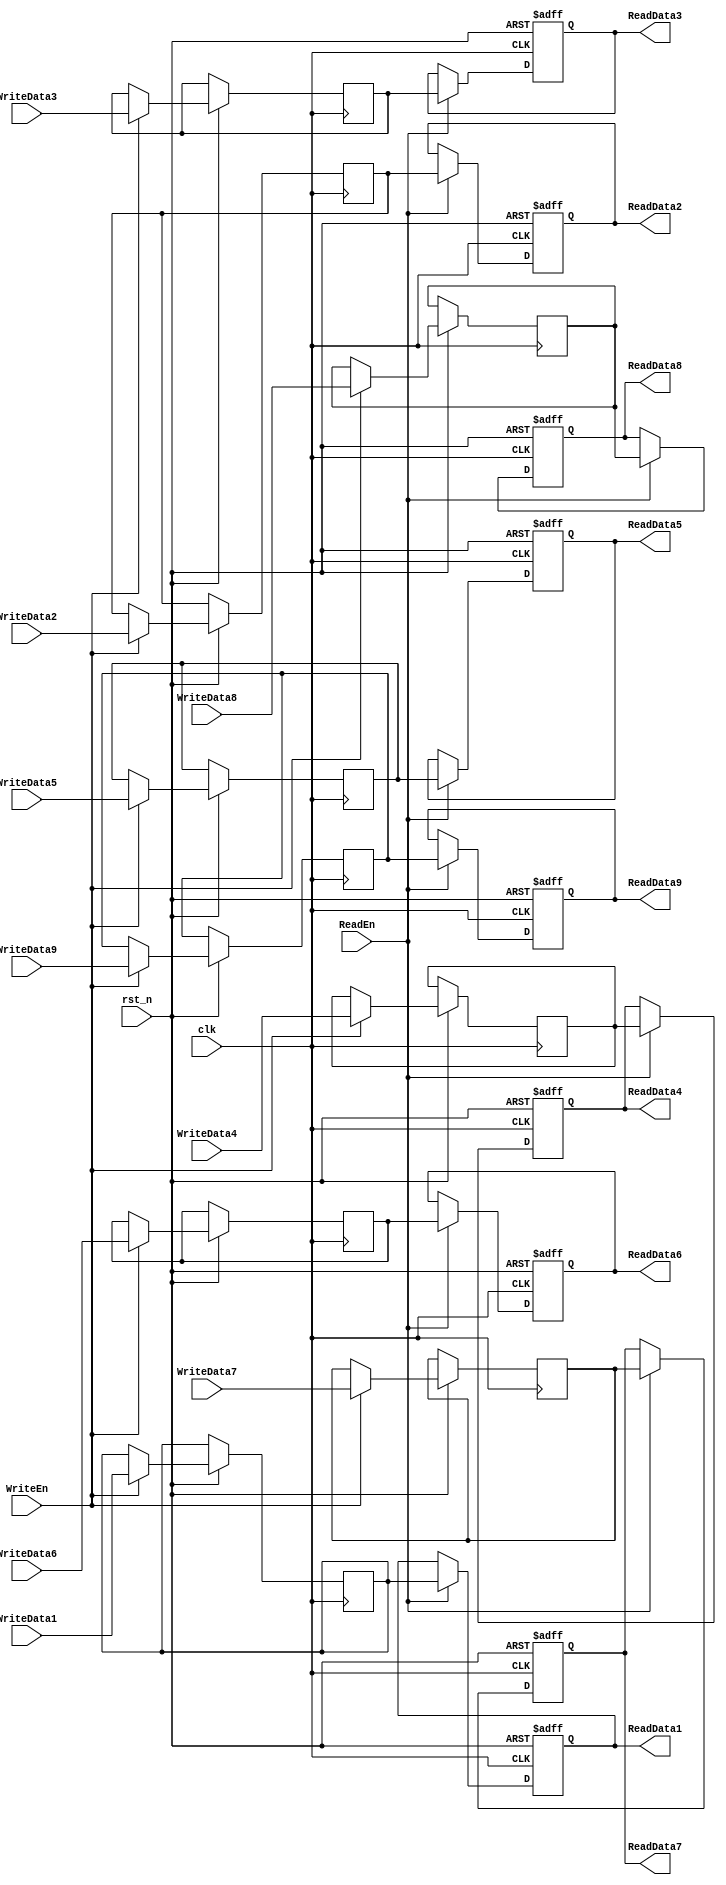
`timescale 1ns / 1ps

module RegisterFile(clk, rst_n, 
WriteEn, WriteData1, WriteData2, WriteData3, WriteData4, WriteData5, WriteData6, WriteData7, WriteData8, WriteData9, 
ReadEn, ReadData1, ReadData2, ReadData3, ReadData4, ReadData5, ReadData6, ReadData7, ReadData8, ReadData9);
    parameter M = 4;   // number of address bits
    parameter N = 9;  // number of words, N = 2**M
    parameter W = 12;   // number of bits in a word
    input   clk, rst_n;
    input   WriteEn;     // RegWrite High  register file data 
    input   [W-1:0] WriteData1, WriteData2, WriteData3, WriteData4, WriteData5, WriteData6, WriteData7, WriteData8, WriteData9; // Register file  data
    output reg [W-1:0] ReadData1, ReadData2, ReadData3, ReadData4, ReadData5, ReadData6, ReadData7, ReadData8, ReadData9;  // Register file  data
    input   ReadEn;
//    input   [M-1:0] ReadReg1, ReadReg2, ReadReg3, ReadReg4, ReadReg5, ReadReg6, ReadReg7, ReadReg8, ReadReg9; // Register file  
//    input   [M-1:0] WriteReg; // Register file data     
    reg [W-1:0] mem [N-1:0];    //register
    //  
    wire    [3:0]   write1, write2, write3, write4, write5, write6, write7, write8, write9;
    wire    [3:0]   ReadReg1, ReadReg2, ReadReg3, ReadReg4, ReadReg5, ReadReg6, ReadReg7, ReadReg8, ReadReg9;
    assign  write1 = 4'b0000;
    assign  write2 = 4'b0001;
    assign  write3 = 4'b0010;
    assign  write4 = 4'b0011;
    assign  write5 = 4'b0100;
    assign  write6 = 4'b0101;
    assign  write7 = 4'b0110;
    assign  write8 = 4'b0111;
    assign  write9 = 4'b1000;   
    
    assign  ReadReg1 = 4'b0000;
    assign  ReadReg2 = 4'b0001;
    assign  ReadReg3 = 4'b0010;
    assign  ReadReg4 = 4'b0011;
    assign  ReadReg5 = 4'b0100;
    assign  ReadReg6 = 4'b0101;
    assign  ReadReg7 = 4'b0110;
    assign  ReadReg8 = 4'b0111;
    assign  ReadReg9 = 4'b1000;  
    
    always @(posedge    clk, negedge rst_n) begin
        if (!rst_n) begin
        end
        else    begin
            if(WriteEn) begin
                mem[write1] <= WriteData1;
                mem[write2] <= WriteData2;
                mem[write3] <= WriteData3;
                mem[write4] <= WriteData4;
                mem[write5] <= WriteData5;
                mem[write6] <= WriteData6;
                mem[write7] <= WriteData7;
                mem[write8] <= WriteData8;
                mem[write9] <= WriteData9;
            end
        end
    end
    
    always @(posedge    clk, negedge rst_n) begin
        if (!rst_n) begin
            ReadData1 <= {W{1'b0}};     //
            ReadData2 <= {W{1'b0}};
            ReadData3 <= {W{1'b0}};    
            ReadData4 <= {W{1'b0}};     //
            ReadData5 <= {W{1'b0}};
            ReadData6 <= {W{1'b0}};    
            ReadData7 <= {W{1'b0}};     //
            ReadData8 <= {W{1'b0}};
            ReadData9 <= {W{1'b0}};    
        end
        else    begin
            if(ReadEn)  begin
                ReadData1   <= mem[ReadReg1];
                ReadData2   <= mem[ReadReg2];
                ReadData3   <= mem[ReadReg3];
                ReadData4   <= mem[ReadReg4];
                ReadData5   <= mem[ReadReg5];
                ReadData6   <= mem[ReadReg6];
                ReadData7   <= mem[ReadReg7];
                ReadData8   <= mem[ReadReg8];
                ReadData9   <= mem[ReadReg9];
            end
        end
    end
endmodule